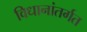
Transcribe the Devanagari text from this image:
विधानांतर्गत